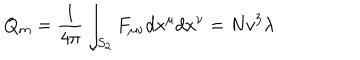
Q _ { m } = { \frac { 1 } { 4 \pi } } \int _ { S _ { 2 } } F _ { \mu \nu } d x ^ { \mu } d x ^ { \nu } = N v ^ { 3 } \lambda